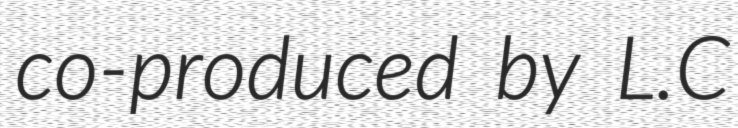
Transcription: co-produced by L.C